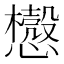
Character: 𰒛